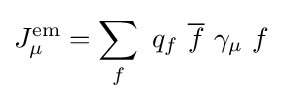
J_{\mu }^{\mathrm {em} }=\sum _{f}\ q_{f}\ {\overline {f}}\ \gamma _{\mu }\ f~